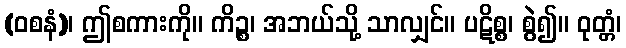
(ဝစနံ)၊ ဤစကားကို။ ကိဉ္စ၊ အဘယ်သို့ သာလျှင်။ ပဋိစ္စ၊ စွဲ၍။ ဝုတ္တံ၊